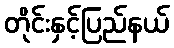
တိုင်းနှင့်ပြည်နယ်